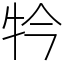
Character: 𤘡